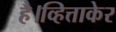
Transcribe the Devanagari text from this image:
है।व्हित्ताकेर